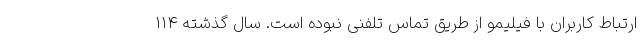
ارتباط کاربران با فیلیمو از طریق تماس تلفنی نبوده است. سال گذشته ۱۱۴